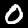
Digit: 0